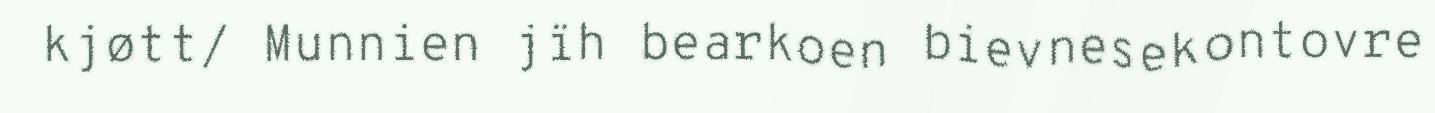
kjøtt/ Munnien jïh bearkoen bievnesekontovre